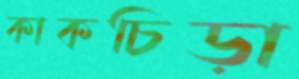
কাকচিড়া